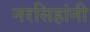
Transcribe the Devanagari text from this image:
नरसिहांनी